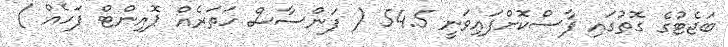
ބަޖެޓުގެ ގޮތުގައި ފާސްކޮށްފައިވަނީ 54.5 ( ފަންސާސް ހަތަރެއް ޕޮއިންޓް ފަހެއް )